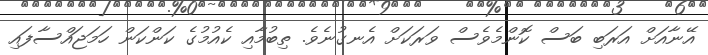
އޭނާއަށް އަރަބި ބަަސް ކޮންމެވެސް ވަރަކަށް އެނގުނެވެ. ތިބުމާއި ކެއުމުގެ ކަންކަން ހަމަޖައްސާފައި